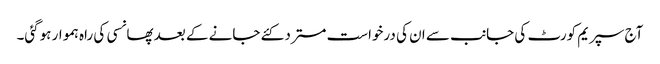
آج سپریم کورٹ کی جانب سے ان کی درخواست مسترد کئے جانے کے بعد پھانسی کی راہ ہموار ہوگئی۔